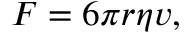
F = 6 \pi r \eta v ,